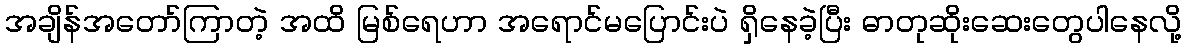
အချိန်အတော်ကြာတဲ့ အထိ မြစ်ရေဟာ အရောင်မပြောင်းပဲ ရှိနေခဲ့ပြီး ဓာတုဆိုးဆေးတွေပါနေလို့